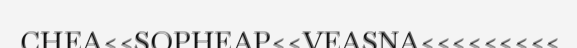
CHEA<<SOPHEAP<<VEASNA<<<<<<<<<